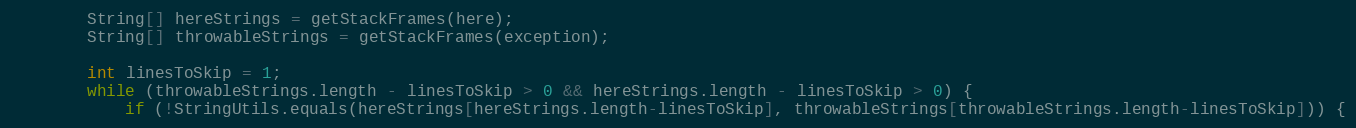
Language: Java
		String[] hereStrings = getStackFrames(here);
		String[] throwableStrings = getStackFrames(exception);

		int linesToSkip = 1;
		while (throwableStrings.length - linesToSkip > 0 && hereStrings.length - linesToSkip > 0) {
			if (!StringUtils.equals(hereStrings[hereStrings.length-linesToSkip], throwableStrings[throwableStrings.length-linesToSkip])) {